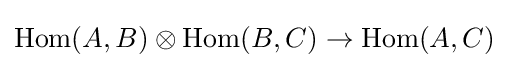
\operatorname {Hom} (A,B)\otimes \operatorname {Hom} (B,C)\rightarrow \operatorname {Hom} (A,C)